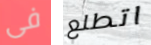
فى اتطلع